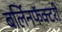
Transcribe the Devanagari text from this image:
बर्लिनफॅक्टरी